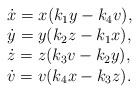
\begin{align*}\begin{array}{l}\dot{x}=x(k_1 y - k_4 v),\\\dot{y}=y(k_2 z -k_1 x),\\\dot{z}=z(k_3 v -k_2 y),\\\dot{v}=v(k_4 x -k_3 z).\end{array}\end{align*}